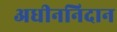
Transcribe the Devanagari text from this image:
अधीननिदान